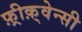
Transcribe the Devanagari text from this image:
फ़्रीक़्वेन्सी